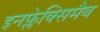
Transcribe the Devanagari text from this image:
इनफ्लेक्सिमैब